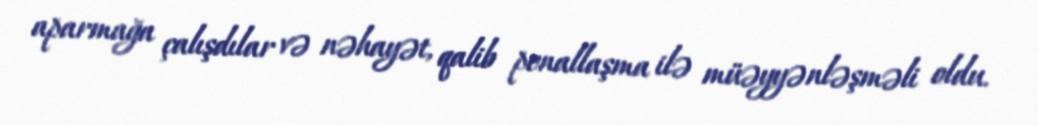
aparmağa çalışdılar və nəhayət, qalib penallaşma ilə müəyyənləşməli oldu.